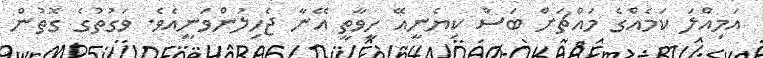
އަމިއްލަ ކަމެއްގެ މައްޗަށް ބަސް ކިޔެނީއޭ ހީވާތީ އޭނާ ޖެހިލުންވަނީއެވެ. ވަގުތުގެ ގޮތުން